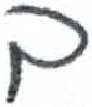
אות: ך